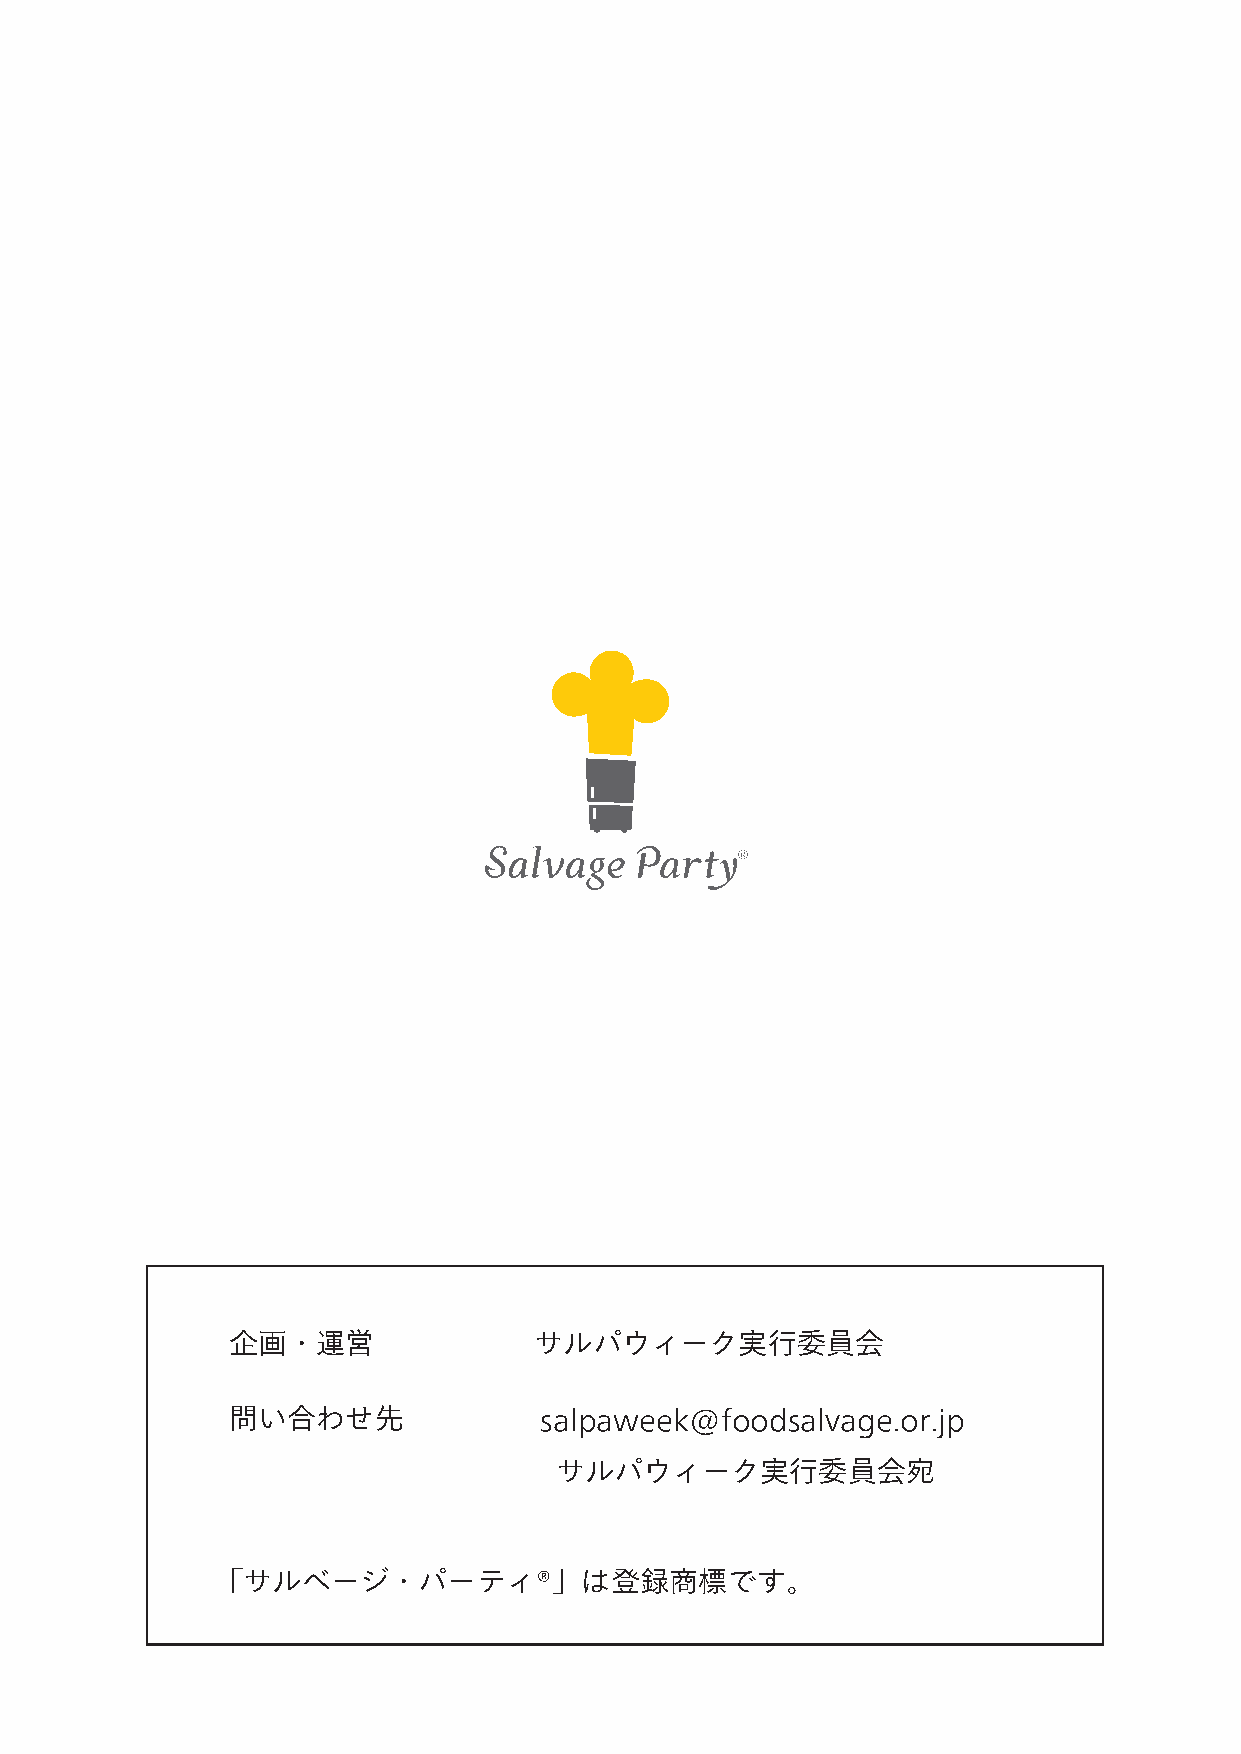
企画・運営               サルパウィーク実行委員会
 問い合わせ先               salpaweek@foodsalvage.or.jp
 サルパウィーク実行委員会宛
 「サルベージ・パーティ®」は登録商標です。